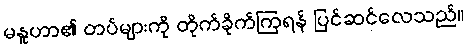
မနူဟာ၏ တပ်များကို တိုက်ခိုက်ကြရန် ပြင်ဆင်လေသည်။